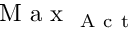
\mathrm { ~ M ~ a ~ x ~ } _ { \mathrm { ~ A ~ c ~ t ~ } }